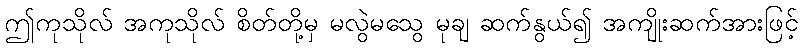
ဤကုသိုလ် အကုသိုလ် စိတ်တို့မှ မလွဲမသွေ မုချ ဆက်နွယ်၍ အကျိုးဆက်အားဖြင့်